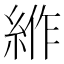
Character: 𰫦